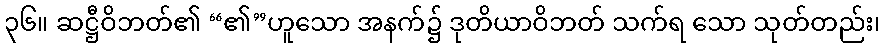
၃၆။ ဆဋ္ဌီဝိဘတ်၏ “၏”ဟူသော အနက်၌ ဒုတိယာဝိဘတ် သက်ရ သော သုတ်တည်း၊